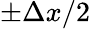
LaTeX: \pm\Delta x/2